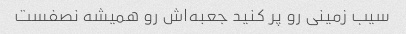
سیب زمینی رو پر کنید جعبه‌اش رو همیشه نصفست